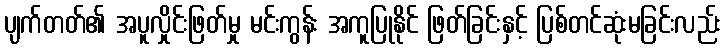
ပျက်တတ်၏ အပူလှိုင်းဖြတ်မှု မင်းကွန်း အကူပြုနိုင် ဖြတ်ခြင်းနှင့် ပြစ်တင်ဆုံးမခြင်းလည်း